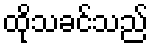
ထိုသခင်သည်